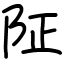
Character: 阷